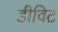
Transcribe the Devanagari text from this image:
डीविट